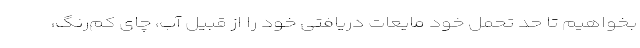
بخواهیم تا حد تحمل خود مایعات دریافتی خود را از قبیل آب، چای کم‌رنگ،